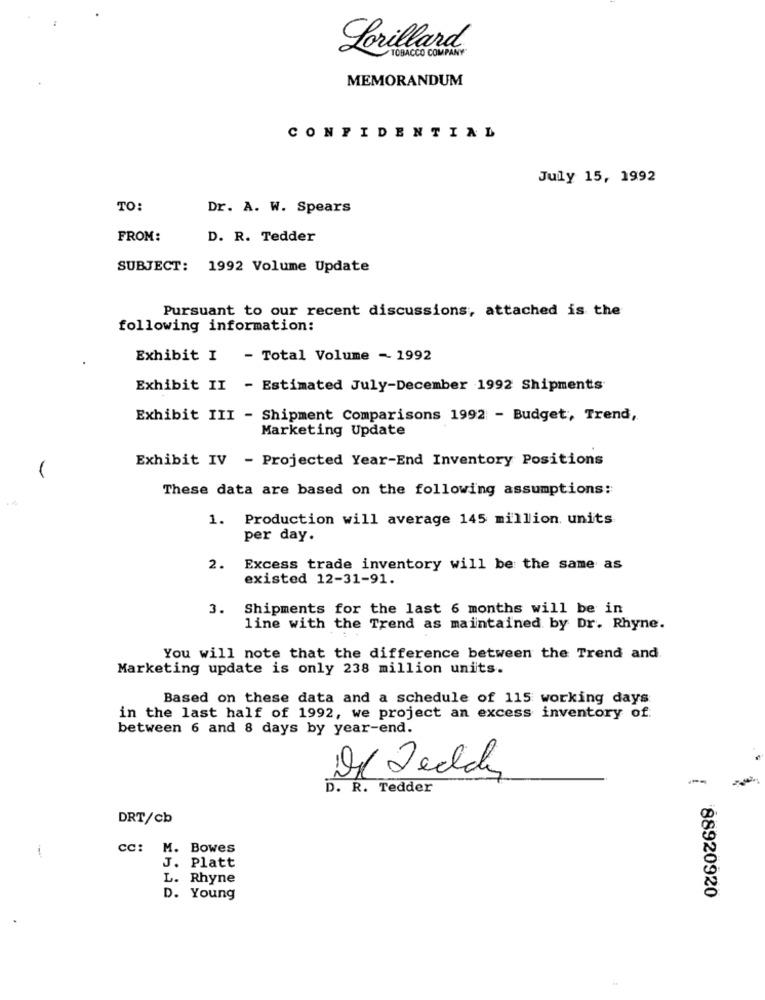
Lorillard
TOBACCO COMPANY
MEMORANDUM
CONFIDENTIAL
July 15, 1992
TO:
Dr. A. W. Spears
FROM:
D. R. Tedder
SUBJECT: 1992 Volume Update
Pursuant to our recent discussions, attached is the
following information:
Exhibit I - Total Volume - 1992
Exhibit II - Estimated July-December 1992 Shipments
Exhibit III - Shipment Comparisons 1992 - Budget, Trend,
Marketing Update
Exhibit IV - Projected Year-End Inventory Positions
(
These data are based on the following assumptions:
1. Production will average 145 million units
per day.
2.
Excess trade inventory will be the same as
existed 12-31-91.
3.
Shipments for the last 6 months will be in
line with the Trend as maintained by Dr. Rhyne.
You will note that the difference between the Trend and
Marketing update is only 238 million units.
Based on these data and a schedule of 115 working days
in the last half of 1992, we project an excess inventory of
between 6 and 8 days by year-end.
D. R. Tedder
DRT/cb
cc: M. Bowes
J. Platt
L. Rhyne
D. Young
88920920